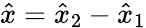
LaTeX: \hat{x}=\hat{x}_{2}-\hat{x}_{1}